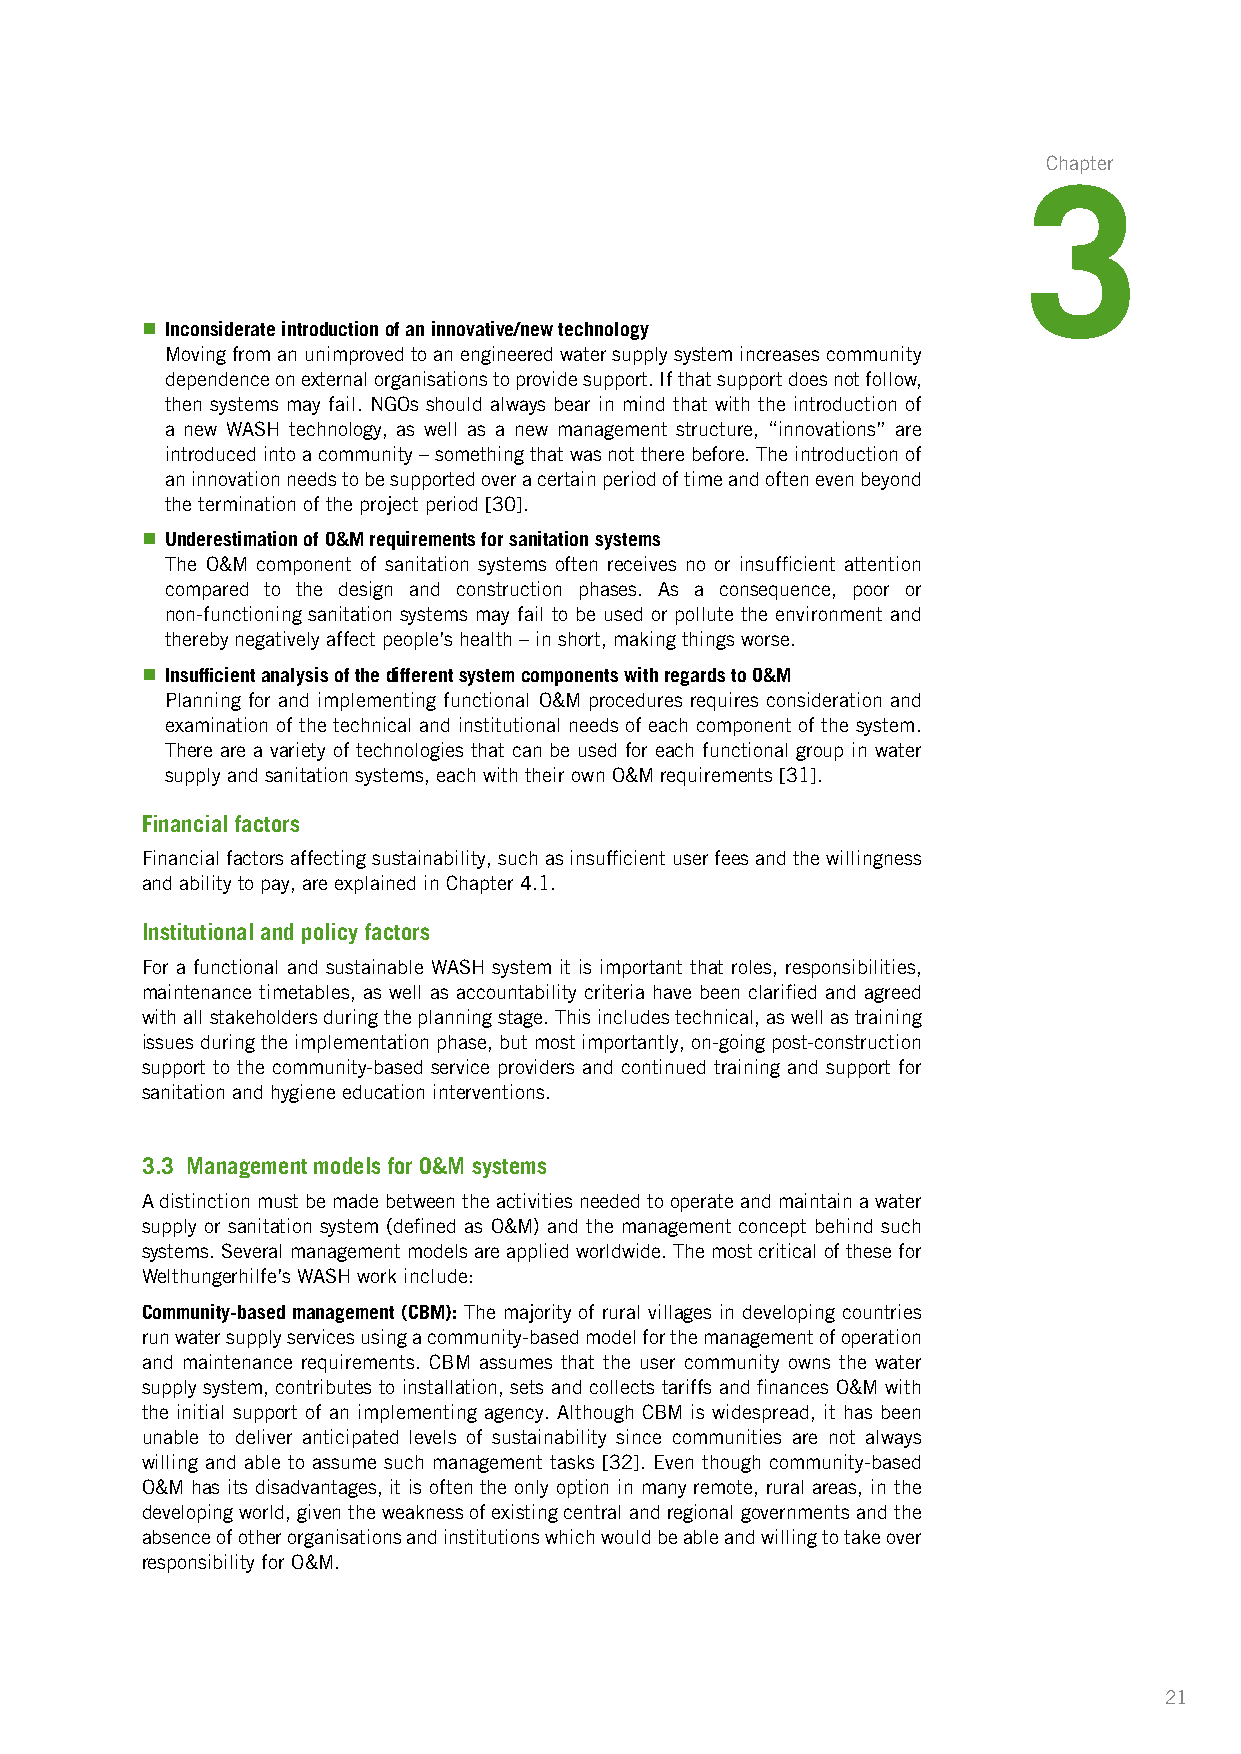
Chapter
 3
 n Inconsiderate introduction of an innovative/new technology
 Moving from an unimproved to an engineered water supply system increases community
 dependence on external organisations to provide support. If that support does not follow,
 then systems may fail. NGOs should always bear in mind that with the introduction of
 a new WASH technology, as well as a new management structure, “innovations” are
 introduced into a community – something that was not there before. The introduction of
 an innovation needs to be supported over a certain period of time and often even beyond
 the termination of the project period [30].
 n Underestimation of O&M requirements for sanitation systems
 The O&M component of sanitation systems often receives no or insufficient attention
 compared to the design and construction phases. As a consequence, poor or
 non-functioning sanitation systems may fail to be used or pollute the environment and
 thereby negatively affect people’s health – in short, making things worse.
 n Insufficient analysis of the different system components with regards to O&M
 Planning for and implementing functional O&M procedures requires consideration and
 examination of the technical and institutional needs of each component of the system.
 There are a variety of technologies that can be used for each functional group in water
 supply and sanitation systems, each with their own O&M requirements [31].
 Financial factors
 Financial factors affecting sustainability, such as insufficient user fees and the willingness
 and ability to pay, are explained in Chapter 4.1.
 Institutional and policy factors
 For a functional and sustainable WASH system it is important that roles, responsibilities,
 maintenance timetables, as well as accountability criteria have been clarified and agreed
 with all stakeholders during the planning stage. This includes technical, as well as training
 issues during the implementation phase, but most importantly, on-going post-construction
 support to the community-based service providers and continued training and support for
 sanitation and hygiene education interventions.
 3.3 Management models for O&M systems
 A distinction must be made between the activities needed to operate and maintain a water
 supply or sanitation system (defined as O&M) and the management concept behind such
 systems. Several management models are applied worldwide. The most critical of these for
 Welthungerhilfe’s WASH work include:
 Community-based management (CBM): The majority of rural villages in developing countries
 run water supply services using a community-based model for the management of operation
 and maintenance requirements. CBM assumes that the user community owns the water
 supply system, contributes to installation, sets and collects tariffs and finances O&M with
 the initial support of an implementing agency. Although CBM is widespread, it has been
 unable to deliver anticipated levels of sustainability since communities are not always
 willing and able to assume such management tasks [32]. Even though community-based
 O&M has its disadvantages, it is often the only option in many remote, rural areas, in the
 developing world, given the weakness of existing central and regional governments and the
 absence of other organisations and institutions which would be able and willing to take over
 responsibility for O&M.
 2211